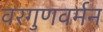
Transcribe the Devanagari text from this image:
वरगुणवर्मन